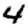
Digit: 4